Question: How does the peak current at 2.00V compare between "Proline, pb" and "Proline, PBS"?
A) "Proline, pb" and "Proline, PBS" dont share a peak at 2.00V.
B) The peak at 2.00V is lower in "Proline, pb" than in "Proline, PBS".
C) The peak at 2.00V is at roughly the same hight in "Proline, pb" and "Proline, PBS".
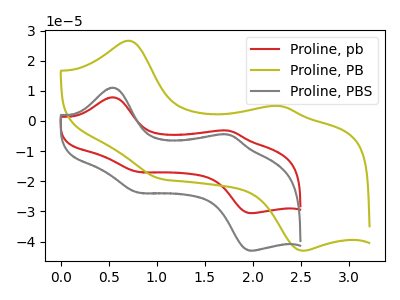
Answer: <think>The red curve "Proline, pb" has anodic peaks at (0.55V, 7.85uA) (1.75V, -3.25uA) and cathodic peaks at (0.80V, -16.85uA) (2.00V, -30.60uA). The olive curve "Proline, PB" has anodic peaks at (0.70V, 26.60uA) (2.30V, 4.95uA) and cathodic peaks at (1.05V, -19.20uA) (2.50V, -43.05uA). The gray curve "Proline, PBS" has anodic peaks at (0.55V, 11.05uA) (1.75V, -4.55uA) and cathodic peaks at (0.80V, -23.70uA) (2.00V, -43.00uA).</think>
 <answer>B) The peak at 2.00V is lower in "Proline, pb" than in "Proline, PBS".</answer>
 <eval>B</eval>